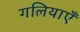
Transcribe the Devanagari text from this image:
गलियाएँ